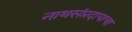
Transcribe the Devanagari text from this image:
नाथसंप्रदायाचा